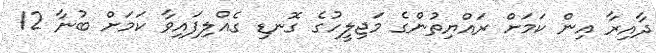
ދާއިރާ އިން ކަމަށް ރައްޔިތުންގެ މަޖިލީހުގެ ގޮނޑި ގެއްލިފައިވާ ކަމަށް ބުނާ 12